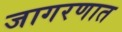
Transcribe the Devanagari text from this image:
जागरणात